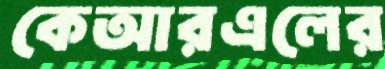
কেআরএলের